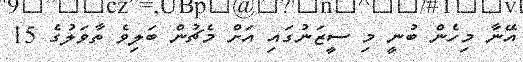
އޭނާ މިހެން ބުނީ މި ސީޒަނުގައި އަށް މެޗުން ބަލިވެ ތާވަލުގެ 15